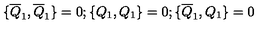
\{ \overline { { Q } } _ { 1 } , \overline { { Q } } _ { 1 } \} = 0 ; \{ Q _ { 1 } , Q _ { 1 } \} = 0 ; \{ \overline { { Q } } _ { 1 } , Q _ { 1 } \} = 0